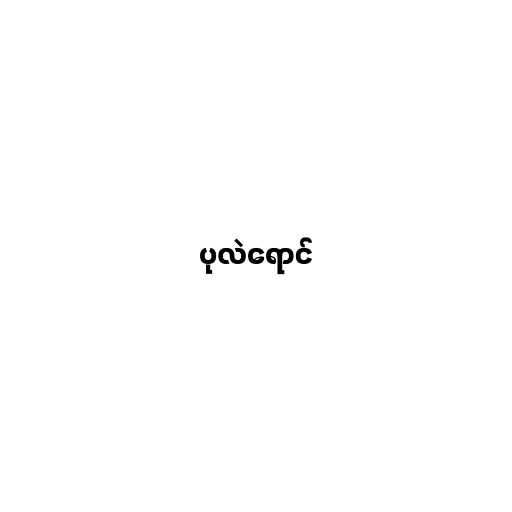
ပုလဲရောင်